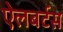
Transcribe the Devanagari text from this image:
ऐलबर्टस